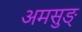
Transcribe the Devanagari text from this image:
अमसुङ्